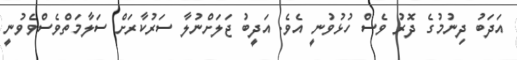
އަދަބު ދިނުމުގެ ދޮރު ވެސް ހުޅުވުނީ އެވެ. އަދީބު ޖަލަށްނުލާ ސަރުކާރަށް ސަލާމަތްވެސްވެވުނީ